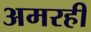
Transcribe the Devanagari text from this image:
अमरही